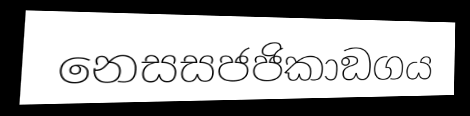
නෙසසජජිකාඞගය